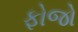
ફોજો